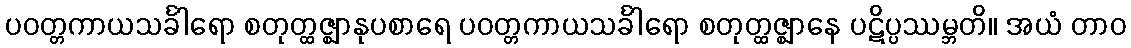
ပဝတ္တကာယသင်္ခါရော စတုတ္ထဇ္ဈာနုပစာရေ ပဝတ္တကာယသင်္ခါရော စတုတ္ထဇ္ဈာနေ ပဋိပ္ပဿမ္ဘတိ။ အယံ တာဝ